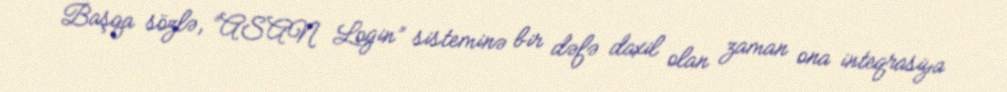
Başqa sözlə, “ASAN Login” sisteminə bir dəfə daxil olan zaman ona inteqrasiya